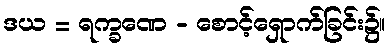
ဒယ = ရက္ခဏေ - စောင့်ရှောက်ခြင်း၌။